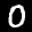
Label: 0